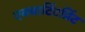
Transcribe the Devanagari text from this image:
एक्वाटिंटप्रिंट